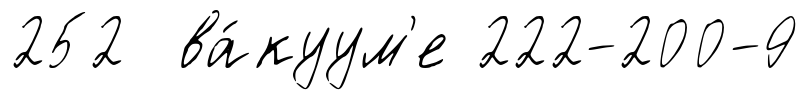
252 ва́куум'е 222-200-9